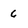
Character: 6